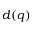
d ( q )